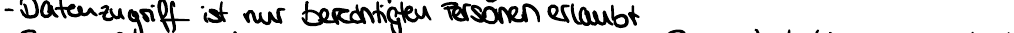
- Datenzugriff ist nur berechtigten Personen erlaubt